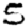
Digit: 5